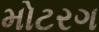
મોટરગ